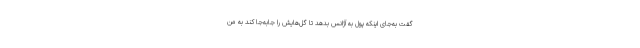
گفت به‌جای اینکه پول به آژانس بدهد تا گل‌هایش را جا‌به‌جا کند به من